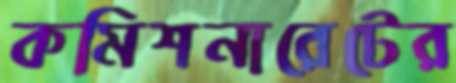
কমিশনারেটের